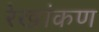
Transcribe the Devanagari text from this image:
रेखांकण